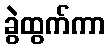
ခွဲထွက်ကာ